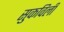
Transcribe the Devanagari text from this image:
सुकविली